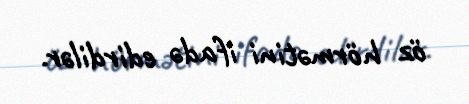
öz hörmətini ifadə edirdilər.